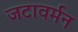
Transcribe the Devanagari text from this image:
जटावर्मन